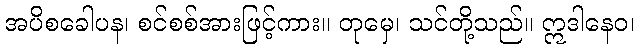
အပိစခေါပန၊ စင်စစ်အားဖြင့်ကား။ တုမှေ၊ သင်တို့သည်။ ဣဒါနေဝ၊